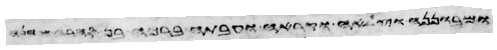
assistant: ובתה לא תגלה את בת בנה ואת בת בתה לא